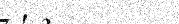
٥٥